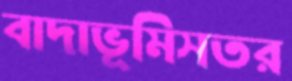
বাদাভূমিসতর